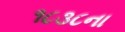
૧૮૩૮ના